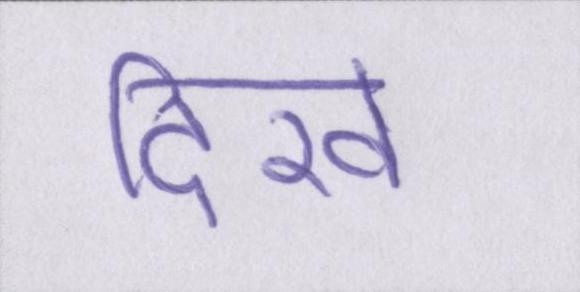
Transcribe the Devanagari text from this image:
दिखे